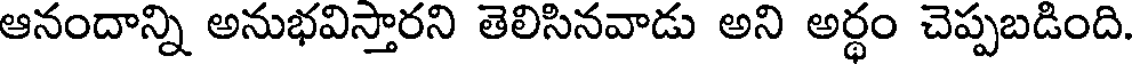
ఆనందాన్ని అనుభవిస్తారని తెలిసినవాడు అని అర్థం చెప్పబడింది